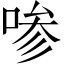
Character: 𰇼